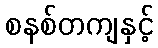
စနစ်တကျနှင့်